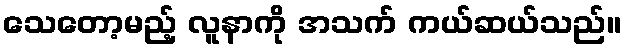
သေတော့မည့် လူနာကို အသက် ကယ်ဆယ်သည်။